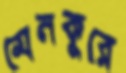
মেনকুরে